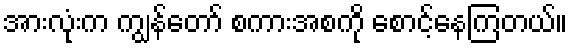
အားလုံးက ကျွန်တော် စကားအစကို စောင့်နေကြတယ်။